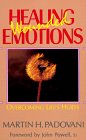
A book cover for Healing Wounded Emotions: Overcoming Life's Hurts (Inspirational Reading for Every Catholic); Martin H. Padovani; Christian Books & Bibles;